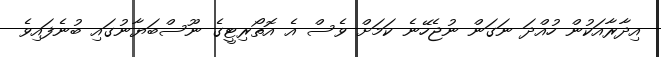
އިދާރާއަކުން ހުއްދަ ނަގަން ނުޖެހޭނެ ކަމަށް ވެސް އެ އޮތޯރިޓީގެ ނޫސްބަޔާނުގައި ބުނެފައިވެ